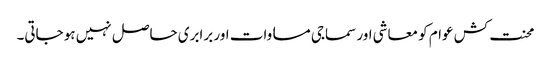
محنت کش عوام کو معاشی اور سماجی مساوات اور برابری حاصل نہیں ہو جاتی۔